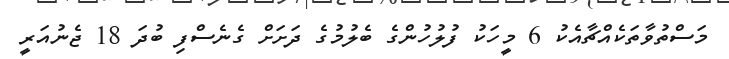
މަސްތުވާތަކެއްޗާއެކު 6 މީހަކު ފުލުހުންގެ ބެލުމުގެ ދަށަށް ގެެނެސްފި ބުދަ 18 ޖެނުއަރީ